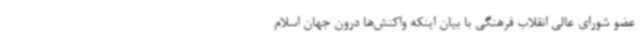
عضو شورای عالی انقلاب فرهنگی با بیان اینکه واکنش‌ها درون جهان اسلام